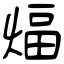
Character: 煏